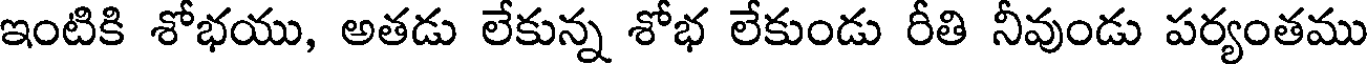
ఇంటికి శోభయు, అతడు లేకున్న శోభ లేకుండు రీతి నీవుండు పర్యంతము